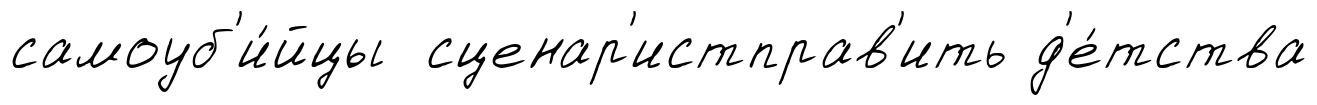
самоуб'и́йцы сценар'истправ'ить д'е́тства